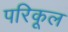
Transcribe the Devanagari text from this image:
परिकूल